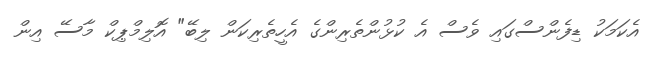
އެކަމަކު ޑިފެންސްގައި ވެސް އެ ކުޅުންތެރިންގެ އެހީތެރިކަން ލިބޭ" އޮލިމްޕިކް މާސޭ އިން